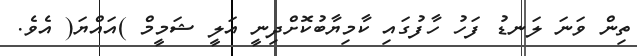
ތިން ވަނަ ލަނޑު ފަހު ހާފުގައި ކާމިޔާބުކޮށްދިނީ އަލީ ޝަމީމް )އައްޔަ( އެވެ.